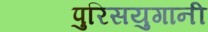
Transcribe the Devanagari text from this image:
पुरिसयुगानी